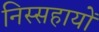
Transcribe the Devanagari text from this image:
निस्सहायों